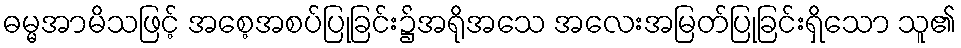
ဓမ္မအာမိသဖြင့် အစေ့အစပ်ပြုခြင်း၌အရိုအသေ အလေးအမြတ်ပြုခြင်းရှိသော သူ၏